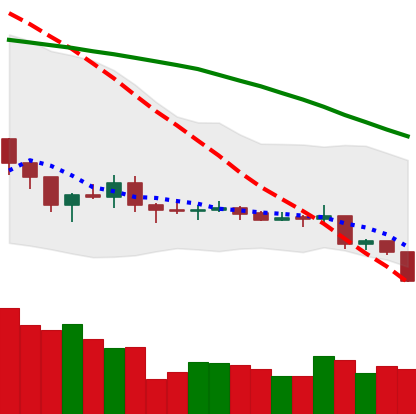
Ticker: XLM-USD
Chart end date: 2019-08-09
Forward return: -4.183%
Label: down_3_5